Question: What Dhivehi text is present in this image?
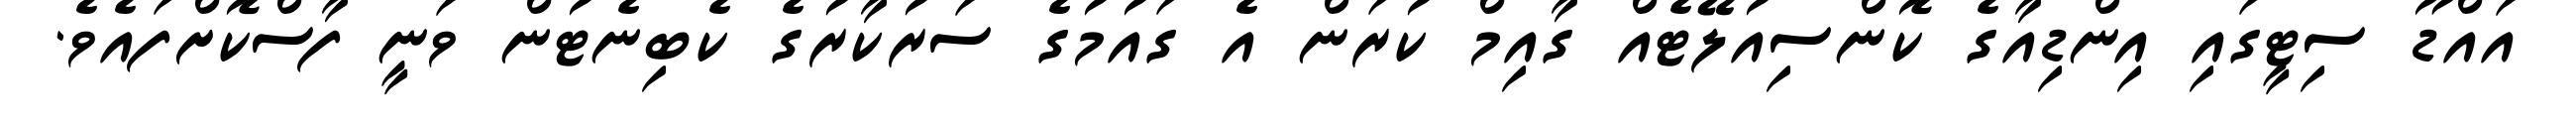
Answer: އައްޑޫ ސިޓީގައި އިންޑިއާގެ ކޮންސިއުލޭޓެއް ގާއިމް ކުރަން އެ ގައުމުގެ ސަރުކާރުގެ ކެބިނެޓުން ވަނީ ފާސްކޮށްފައެވެ.